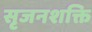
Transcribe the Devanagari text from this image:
सृजनशक्ति